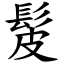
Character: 髲